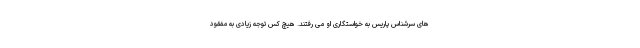
های سرشناس پاریس به خواستگاری او می رفتند. هیچ کس توجه زیادی به مفقود